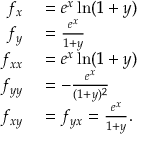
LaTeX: \begin{array} { r l } { f _ { x } } & { { } = e ^ { x } \ln ( 1 + y ) } \\ { f _ { y } } & { { } = { \frac { e ^ { x } } { 1 + y } } } \\ { f _ { x x } } & { { } = e ^ { x } \ln ( 1 + y ) } \\ { f _ { y y } } & { { } = - { \frac { e ^ { x } } { ( 1 + y ) ^ { 2 } } } } \\ { f _ { x y } } & { { } = f _ { y x } = { \frac { e ^ { x } } { 1 + y } } . } \end{array}